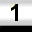
Digit: 1